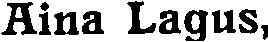
Aina Lagus,